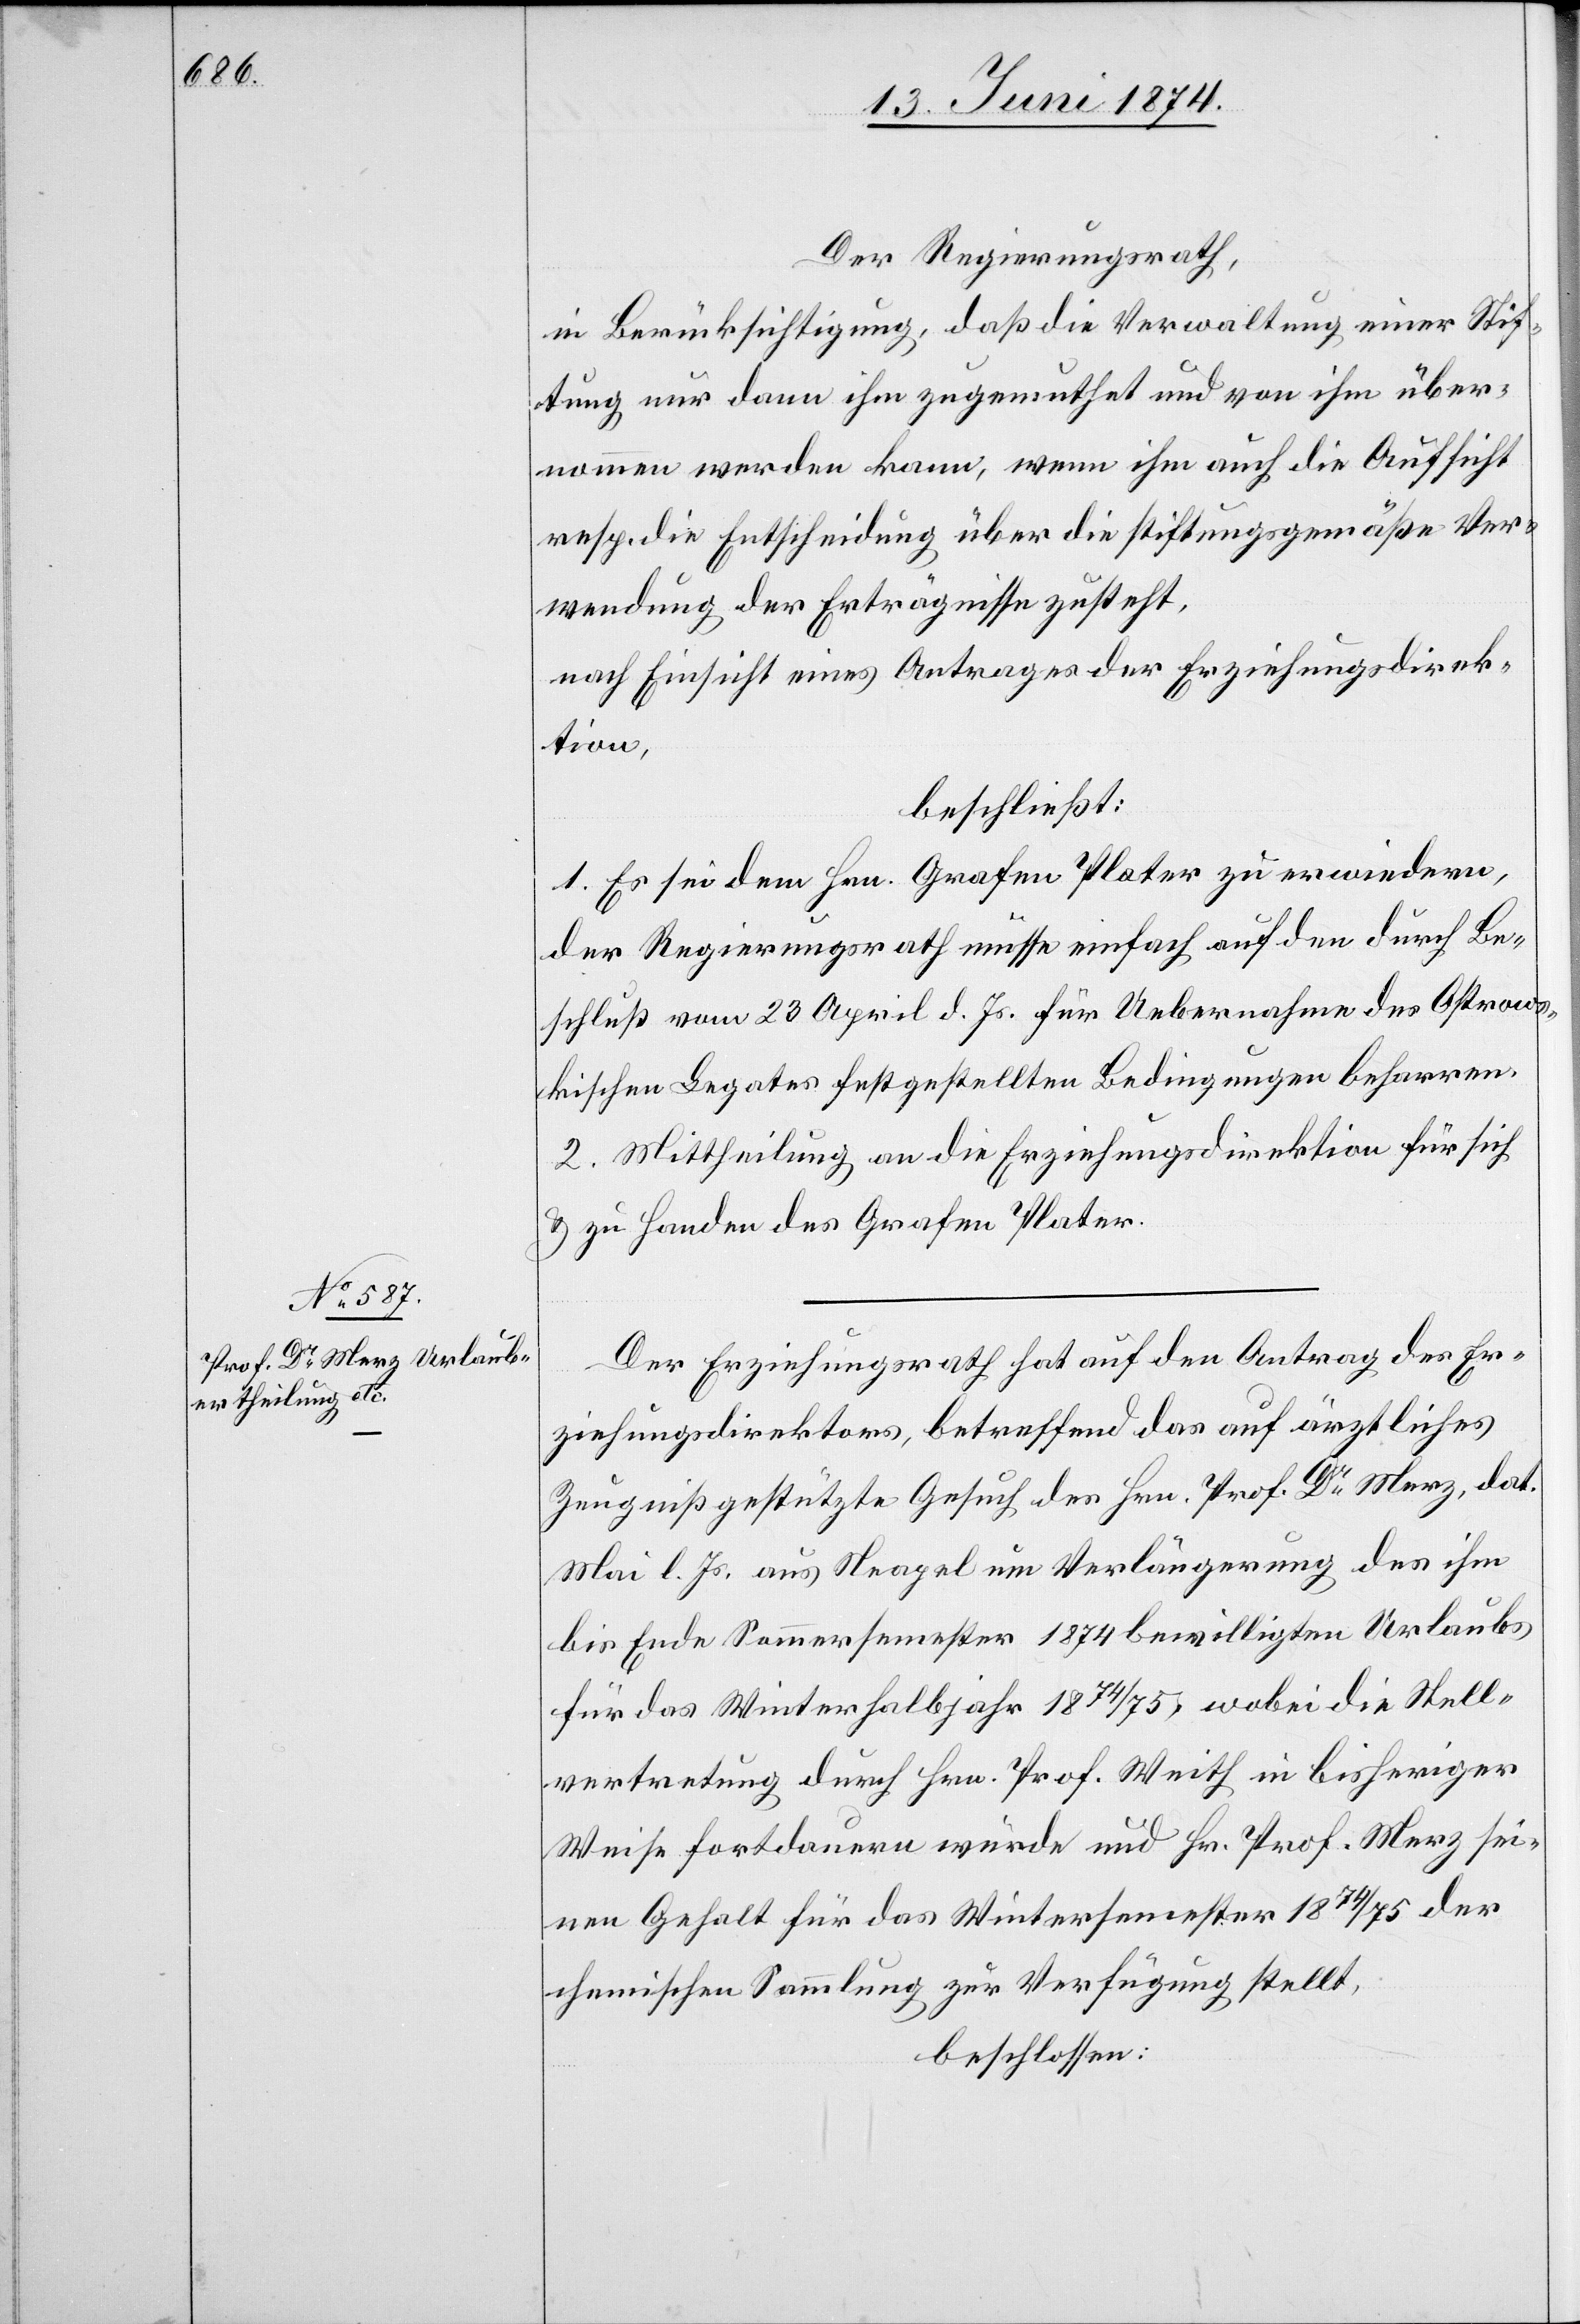
Der Regierungsrath,
in Berücksichtigung, daß die Verwaltung einer Stif¬
tung nur dann ihm zugemuthet und von ihm über¬
nommen werden kann, wenn ihm auch die Aufsicht
resp. die Entscheidung über die stiftungsgemäße Ver¬
wendung der Erträgnisse zusteht,
nach Einsicht eines Antrages der Erziehungsdirek¬
tion,
beschließt:
1. Es sei dem Hrn. Grafen Plater zu erwiedern,
der Regierungsrath müsse einfach auf den durch Be¬
schluß vom 23. April d. Js. für Uebernahme des Ostrows¬
kischen Legates festgestellten Bedingungen beharren.
2. Mittheilung an die Erziehungsdirektion für sich
u. zu Handen des Grafen Plater.
Der Erziehungsrath hat auf den Antrag des Er¬
ziehungsdirektors, betreffend das auf ärztliches
Zeugniß gestützte Gesuch des Hrn. Prof. Dr Merz, dat.
Mai l. Js. aus Neapel um Verlängerung des ihm
bis Ende Sommersemester 1874 bewilligten Urlaubs
für das Winterhalbjahr 1874/75 wobei die Stell¬
vertretung durch Hrn. Prof. Weith in bisheriger
Weise fortdauern würde und Hr. Prof. Merz sei¬
nen Gehalt für das Wintersemester 174/75 der
chemischen Sammlung zur Verfügung stellt,
beschlossen: